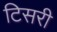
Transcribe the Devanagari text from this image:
टिसरी